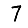
Digit: 7